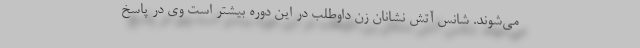
می‌شوند. شانس آتش نشانان زن داوطلب در این دوره بیشتر است وی در پاسخ